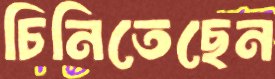
চিনিতেছেন